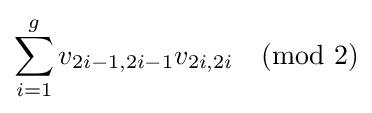
\sum \limits _{i=1}^{g}v_{2i-1,2i-1}v_{2i,2i}{\pmod {2}}